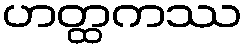
ဟတ္ထကဿ